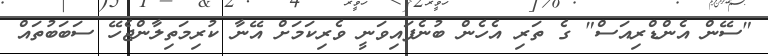
"ސޭން އެންޑްރިއަސް" ގެ ތަރި އެހެން ބުނެފައިވަނީ ވެރިކަމަށް އޭނާ ކުރިމަތިލާންޖެހޭ ސަބަބުތައް